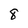
Character: 8